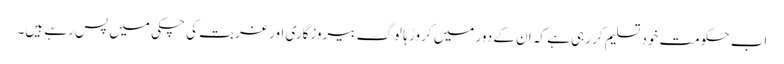
اب حکومت خود تسلیم کر رہی ہے کہ ان کے دور میں کروڑ ہا لوگ بیروزگاری اور غربت کی چکی میں پس رہے ہیں۔